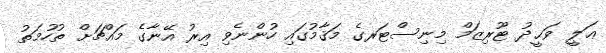
ޢަލީ ވަޙީދު ޓޫރިޒަމް މިނިސްޓަރގެ މަޤާމުގައި ހުންނެވި އިރު އޭނާގެ މައްޗަށް ތުހުމަތު